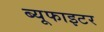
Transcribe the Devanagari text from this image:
ब्यूफाइटर